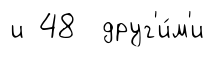
и 48 друг'и́м'и